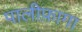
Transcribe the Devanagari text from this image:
पालीफ़ागा